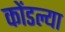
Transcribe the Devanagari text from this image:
कोंडल्या